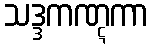
သဒ္ဒကဏ္ဋကာ